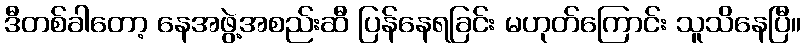
ဒီတစ်ခါတော့ နေအဖွဲ့အစည်းဆီ ပြန်နေရခြင်း မဟုတ်ကြောင်း သူသိနေပြီ။